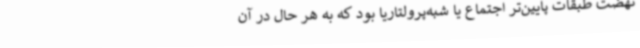
نهضت طبقات پایین‌تر اجتماع یا شبه‌پرولتاریا بود که به هر حال در آن